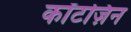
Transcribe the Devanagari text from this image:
कॉटज़िन